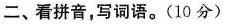
二、看拼音，写词语。